Source: Handwritten
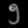
Digit: ၅ (5)